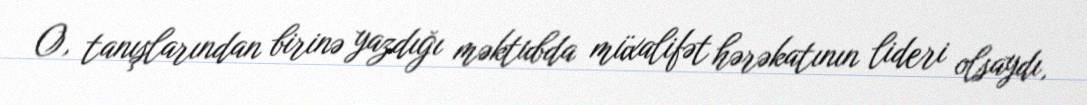
O, tanışlarından birinə yazdığı məktubda müxalifət hərəkatının lideri olsaydı,